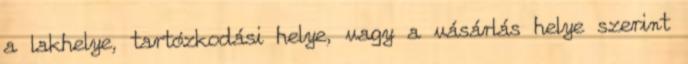
a lakhelye, tartózkodási helye, vagy a vásárlás helye szerint